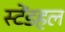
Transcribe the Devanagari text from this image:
स्टेंडहल